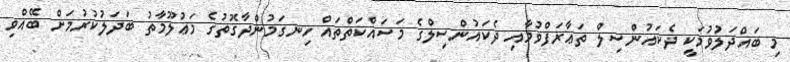
މި ބައްދަލުވުމަކީ ދެކައުންސިލް ތަޢާރަފްވުމާއި ދެކައުންސިލްގެ މަސައްކަތްތައް ހިނގަމުންދާގޮތުގެ މަޢުލޫމާތު ބަދަލުކުރުމަށް ބޭއްވި